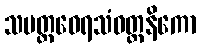
သပတ္တဝေရသံဝတ္တနိကော